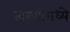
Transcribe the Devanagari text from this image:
त्वरणामध्ये